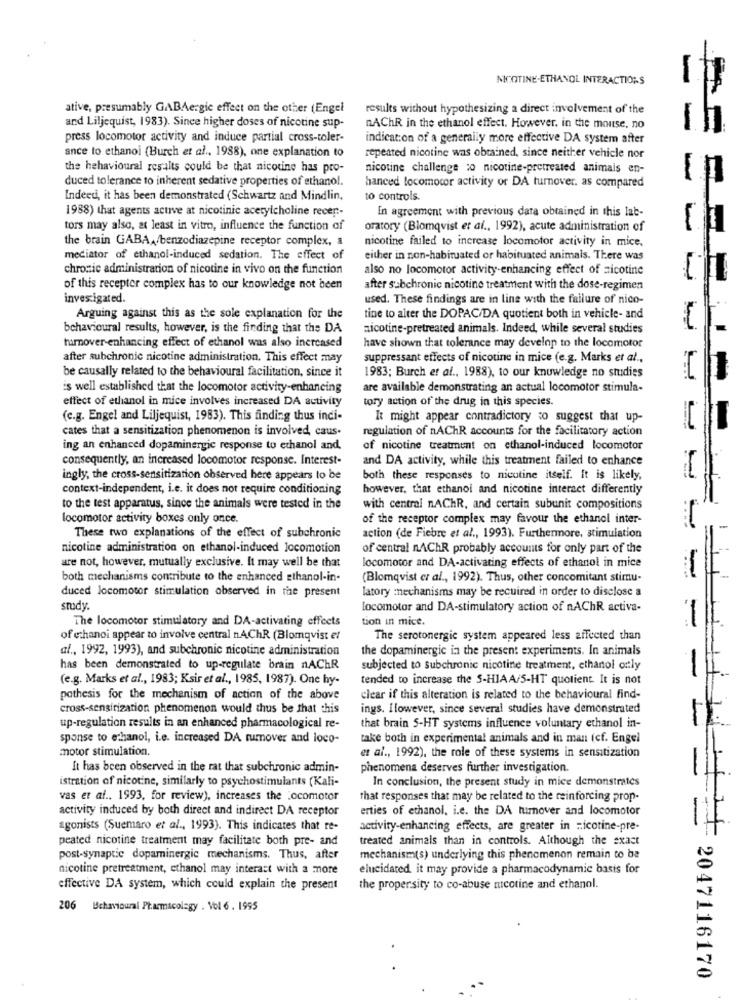
NICOTINE.ETHANOL INTERACTIONS
ative, presumably GABAergic effect on the other (Engel
results without hypothesizing a direct involvement of the
and Liljequist, 1983). Since higher doses of nicotine sup-
nAChR in the ethanol effect. However, in the mouse, no
press locomotor activity and induce partial cross-toler-
indication of a generally more effective DA system after
ance to ethanoi (Burch et al ., 1988), one explanation to
repeated nicotine was obtained, since neither vehicle nor
the hehavioural results could be that nicotine has pro-
nicotine challenge :o nicotine-pretreated animais en-
duced tolerance to inherent sedative properties of ethanol.
hanced locomocor activity or DA turnover. as compared
Indeed, it has been demonstrated (Schwartz and Mindlin,
to controls.
1988) that agents acuve at nicotinic acetylcholine recer :-
In agreement with previous data obtained in this lat-
tors may also, at least in vitro, influence the function of
oratory (Blomqvist et al ., 1992), acute administration of
the brain GABA,/benzodiazepine receptor complex, a
nicotine failed to increase locomotor activity in mice,
mediator of ethanol-induced sedation. The effect of
either in non-habituated or habituated animals. There was
chronic administration of nicotine in vivo on the function
also no locomotor activity-enhancing effect of nicotine
يـ
of this recepter complex has to our knowledge not been
after subchronic nicotine treatment with the dose-regimen
investigated.
used. These findings are in line with the failure of nico-
Arguing against this as the sole explanation for the
tine to alter the DOPAC/DA quotient both in vehicle- and
behavioural results, however, is the finding that the DA
nicotine-pretreated animals. Indeed, while several studies
فيباً
turnover-enhancing effect of ethanol was also increased
have shown that tolerance may develop to the locomotor
after subchronic nicotine administration. This effect may
suppressant effects of nicotine in mice (e.g. Marks et al .,
1983; Burch et al ., 1988), to our knowledge no studies
be causally related to the behavioural facilitation, since it
is well established that the locomotor activity-enhancing
are available demonstrating an actual locomotor stimula-
effect of ethanol in mice involves increased DA activity
tory action of the drug in this species.
(c.g. Engel and Liljequist, 1983). This finding thus inci-
It might appear contradictory so suggest that up-
cates that a sensitization phenomenon is involved, caus.
regulation of nAChR accounts for the facilitatory action
ing an enhanced dopaminergic response to ethanol and.
of nicotine treatment on ethanol-induced locomotor
consequently, an increased locomotor response. Interest-
and DA activity, while this treatment failed to enhance
ingly, the cross-sensitization observed here appears to be
both these responses to nicotine itself. It is likely,
context-independent, i.e. it does not require conditioning
however, that ethanol and nicotine interact differently
to the test apparatus, since the animals were tested in the
with central nAChR, and certain subunit compositions
locomotor activity boxes only once
of the receptor complex may favour the ethanol inter-
These two explanations of the effect of subchronic
action (de Fiebre et al ., 1993). Furthermore, stimulation
nicotine administration on ethanol-induced locomotion
of central nAChR probably accounts for only part of the
are not, however, mutually exclusive. It may well be that
locomotor and DA-activating effects of ethanol in mice
both mechanisms contribute to the enhanced ethanol-in-
(Blomqvist er al ., 1992). Thus, other concomitant stimu-
-
duced locomotor stimulation observed in the present
latory mechanisms may be recuired in order to disclose a
study.
locomotor and DA-stimulatory action of nAChR activa-
The locomotor stimulatory and DA-activating effects
tion in mice.
-
of ethanoi appear to involve central nAChR (Blomqvist et
The serotonergic system appeared less affected than
al ., 1992, 1993), and subchronic nicotine administration
the dopaminergic in the present experiments. In animals
has been demonstrated to up-regulate brain nAChR
subjected to subchronic nicotine treatment, ethanol only
(e.g. Marks et al ., 1983; Ksir et al ., 1985, 1987). One hy-
tended to increase the S-HIAA/5-HT quotient. It is not
pothesis for the mechanism of action of the above
clear if this alteration is related to the behavioural find-
cross-sensitization phenomenon would thus be that this
ings. Ilowever, since several studies have demonstrated
up-regulation results in an enhanced pharmacological re-
that brain 5-HT systems influence voluntary ethanol in-
sponse to ethanol, i.e. increased DA tumover and loco-
take both in experimental animals and in man (cf. Engel
motor stimulation.
et al ., 1992), the role of these systems in sensitization
It has been observed in the rat that subchronic admin-
phenomena deserves further investigation.
istration of nicotine, similarly to psychostimulants (Kali-
In conclusion, the present study in mice demonstrates
vas et al ., 1993, for review), increases the Locomotor
that responses that may be related to the reinforcing prop-
activity induced by both direct and indirect DA receptor
erties of ethanol, i.e. the DA hurover and locomotor
agonists (Suemaro et al ., 1993). This indicates that re-
activity-enhancing effects, are greater in nicotine-pre-
peated nicotine treatment may facilitate both pre- and
treated animals than in controls. Although the exact
post-synaptic dopaminergic mechanisms. Thus, after
mechanism(s) underlying this phenomenon remain to be
nicotine pretreatment, ethanol may interact with a more
elucidated it may provide a pharmacodynamic basis for
effective DA system, which could explain the present
the propersity to co-abuse nicotine and ethanol.
206 Behavioural Pharmacology . Vol 6 . 1995
2047116170